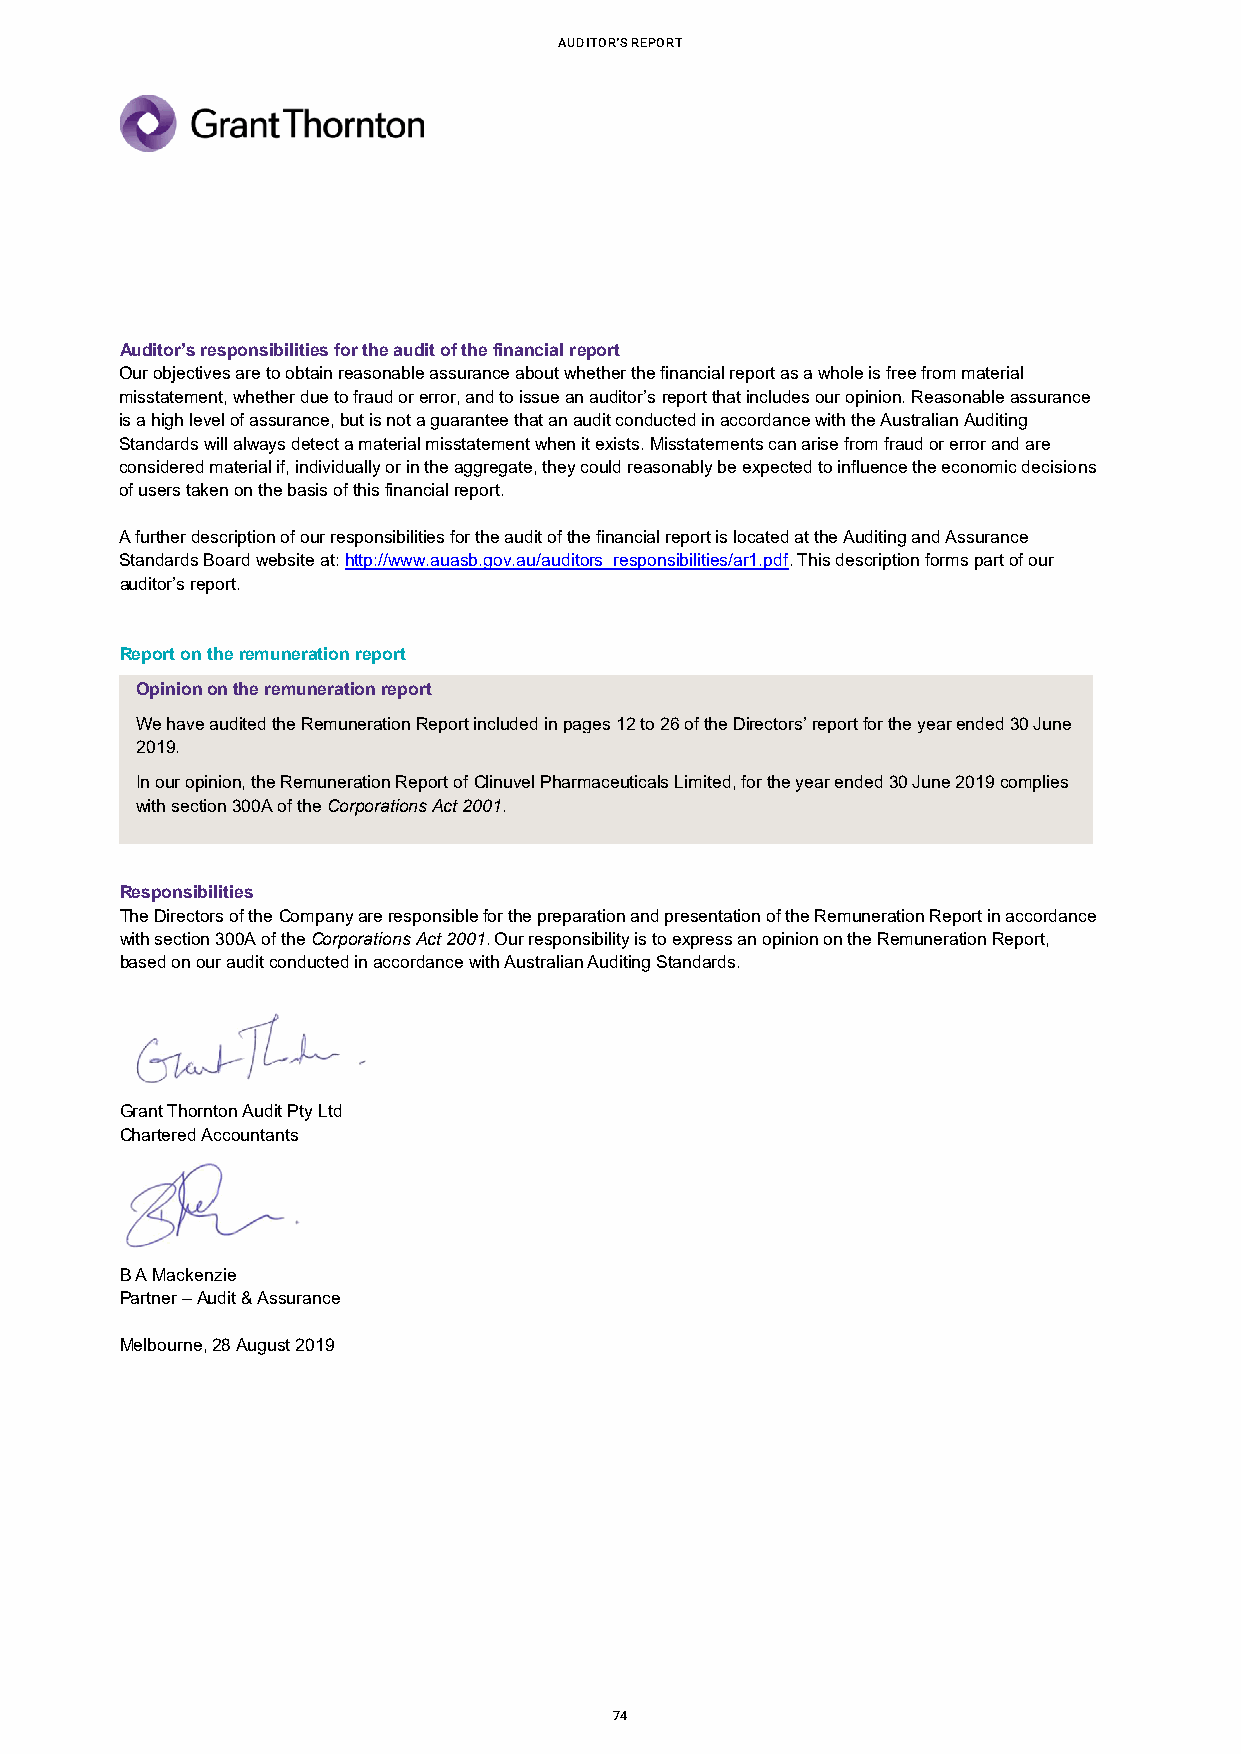
aUditor's rEport
 Auditor’s responsibilities for the audit of the financial report
 Our objectives are to obtain reasonable assurance about whether the financial report as a whole is free from material
 misstatement, whether due to fraud or error, and to issue an auditor’s report that includes our opinion. Reasonable assurance
 is a high level of assurance, but is not a guarantee that an audit conducted in accordance with the Australian Auditing
 Standards will always detect a material misstatement when it exists. Misstatements can arise from fraud or error and are
 considered material if, individually or in the aggregate, they could reasonably be expected to influence the economic decisions
 of users taken on the basis of this financial report.
 A further description of our responsibilities for the audit of the financial report is located at the Auditing and Assurance
 Standards Board website at: http://www.auasb.gov.au/auditors_responsibilities/ar1.pdf. This description forms part of our
 auditor’s report.
 Report on the remuneration report
 Opinion on the remuneration report
 We have audited the Remuneration Report included in pages 12 to 26 of the Directors’ report for the year ended 30 June
 2019.
 In our opinion, the Remuneration Report of Clinuvel Pharmaceuticals Limited, for the year ended 30 June 2019 complies
 with section 300A of the Corporations Act 2001.
 Responsibilities
 The Directors of the Company are responsible for the preparation and presentation of the Remuneration Report in accordance
 with section 300A of the Corporations Act 2001. Our responsibility is to express an opinion on the Remuneration Report,
 based on our audit conducted in accordance with Australian Auditing Standards.
 Grant Thornton Audit Pty Ltd
 Chartered Accountants
 B A Mackenzie
 Partner – Audit & Assurance
 Melbourne, 28 August 2019
 74